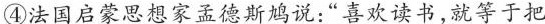
④法国启蒙思想家孟德斯鸠说：“喜欢读书，就等于把